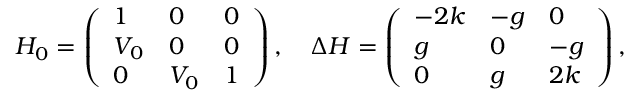
H _ { 0 } = \left( \begin{array} { l l l } { 1 } & { 0 } & { 0 } \\ { V _ { 0 } } & { 0 } & { 0 } \\ { 0 } & { V _ { 0 } } & { 1 } \end{array} \right) , \quad \Delta H = \left( \begin{array} { l l l } { - 2 k } & { - g } & { 0 } \\ { g } & { 0 } & { - g } \\ { 0 } & { g } & { 2 k } \end{array} \right) ,